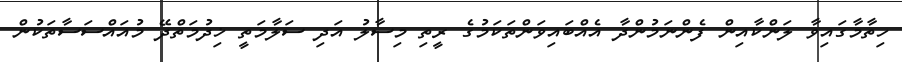
ހިތާމާގައިވާ ލަންކާއިން ފެންނަމުންދާ އެއްބައިވަންތަކަމުގެ ރީތި މިސާލު އަދި ސަލާމަތީ ޚިދުމަތްދޭ މުއައްސަސާތަކުން